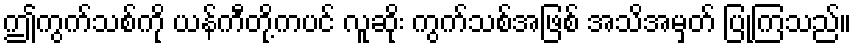
ဤကွက်သစ်ကို ယန်ကီတို့ကပင် လူဆိုး ကွက်သစ်အဖြစ် အသိအမှတ် ပြုကြသည်။